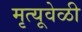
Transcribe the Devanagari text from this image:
मृत्यूवेळी